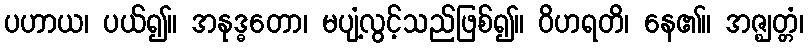
ပဟာယ၊ ပယ်၍။ အနုဒ္ဓတော၊ မပျံ့လွင့်သည်ဖြစ်၍။ ဝိဟရတိ၊ နေ၏။ အဇ္ဈတ္တံ၊